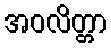
အဝလိတ္တာ